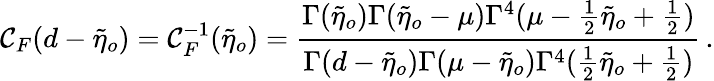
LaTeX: \mathcal{C}_{F}(d-\tilde{{\eta}}_{o})=\mathcal{C}_{F}^{-1}(\tilde{{\eta}}_{o})=\frac{{\Gamma(\tilde{{\eta}}_{o})\Gamma(\tilde{{\eta}}_{o}-\mu)\Gamma^{4}(\mu-\frac{{1}}{{2}}\tilde{{\eta}}_{o}+\frac{{1}}{{2}})}}{{\Gamma(d-\tilde{{\eta}}_{o})\Gamma(\mu-\tilde{{\eta}}_{o})\Gamma^{4}(\frac{{1}}{{2}}\tilde{{\eta}}_{o}+\frac{{1}}{{2}})}}\, .